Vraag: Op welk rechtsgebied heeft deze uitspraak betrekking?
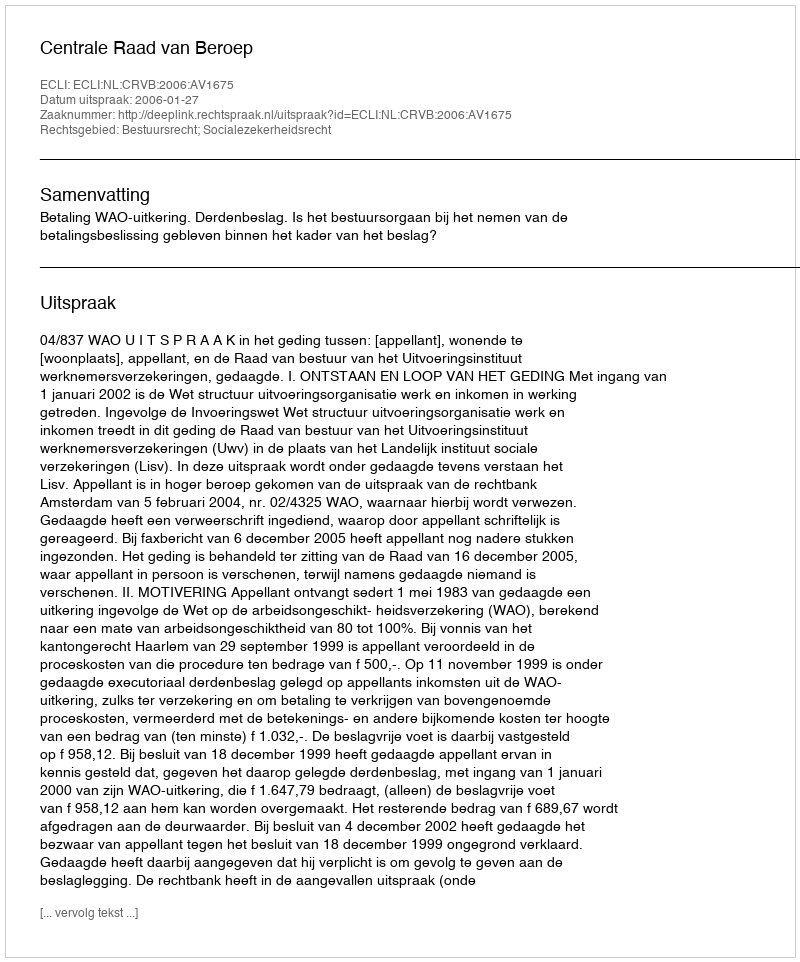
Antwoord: Bestuursrecht; Socialezekerheidsrecht